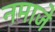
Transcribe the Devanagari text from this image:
नमाजे